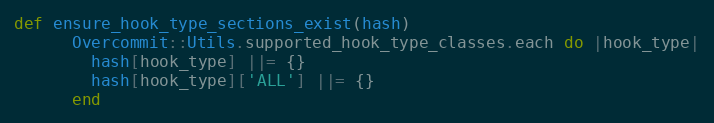
Language: Ruby
def ensure_hook_type_sections_exist(hash)
      Overcommit::Utils.supported_hook_type_classes.each do |hook_type|
        hash[hook_type] ||= {}
        hash[hook_type]['ALL'] ||= {}
      end